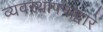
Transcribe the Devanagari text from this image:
व्यवस्थापनाद्वारे